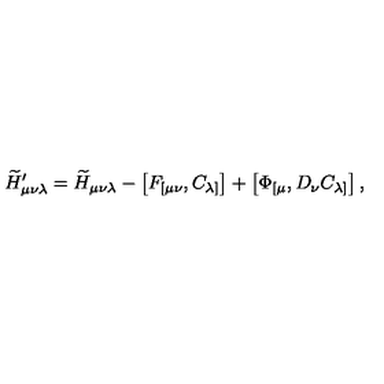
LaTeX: { \widetilde H } _ { \mu \nu \lambda } ^ { \prime } = { \widetilde H } _ { \mu \nu \lambda } - \left[ F _ { [ \mu \nu } , C _ { \lambda ] } \right] + \left[ \Phi _ { [ \mu } , D _ { \nu } C _ { \lambda ] } \right] ,